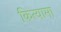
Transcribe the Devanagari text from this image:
कित्यामा